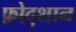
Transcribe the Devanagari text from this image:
फ़ोदुशान